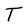
Character: T